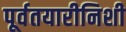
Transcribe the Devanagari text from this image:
पूर्वतयारीनिशी